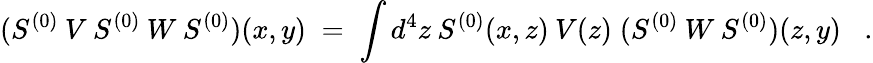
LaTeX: (S^{(0)}\: V\: S^{(0)}\: W\: S^{(0)})(x,y)\; =\; \int d^{4}z\: S^{(0)}(x,z)\: V(z)\; (S^{(0)}\: W\: S^{(0)})(z,y)\; \; \; .